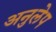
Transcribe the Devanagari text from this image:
अनुलेप